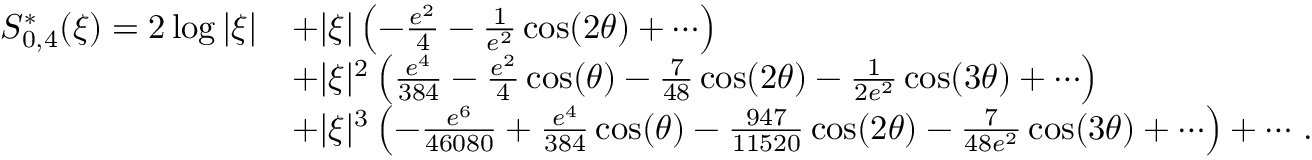
\begin{array} { r l } { S _ { 0 , 4 } ^ { \ast } ( \xi ) = 2 \log | \xi | } & { + | \xi | \left( - { \frac { e ^ { 2 } } { 4 } } - { \frac { 1 } { e ^ { 2 } } } \cos ( 2 \theta ) + \cdots \right) } \\ & { + | \xi | ^ { 2 } \left( { \frac { e ^ { 4 } } { 3 8 4 } } - { \frac { e ^ { 2 } } { 4 } } \cos ( \theta ) - { \frac { 7 } { 4 8 } } \cos ( 2 \theta ) - { \frac { 1 } { 2 e ^ { 2 } } } \cos ( 3 \theta ) + \cdots \right) } \\ & { + | \xi | ^ { 3 } \left( - { \frac { e ^ { 6 } } { 4 6 0 8 0 } } + { \frac { e ^ { 4 } } { 3 8 4 } } \cos ( \theta ) - { \frac { 9 4 7 } { 1 1 5 2 0 } } \cos ( 2 \theta ) - { \frac { 7 } { 4 8 e ^ { 2 } } } \cos ( 3 \theta ) + \cdots \right) + \cdots \, . } \end{array}